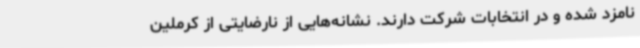
نامزد شده و در انتخابات شرکت دارند. نشانه‌هایی از نارضایتی از کرملین